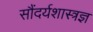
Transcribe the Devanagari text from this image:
सौंदर्यशास्त्रज्ञ